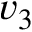
v _ { 3 }